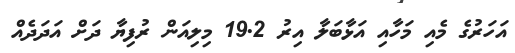
އަހަރުގެ މެއި މަހާއި އަޅާބަލާ އިރު 19.2 މިލިއަން ރުފިޔާ ދަށް އަދަދެއް